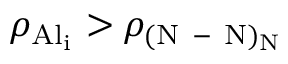
\rho _ { \mathrm { { A l } _ { i } } } > \rho _ { \mathrm { ( N \mathrm { ~ - ~ } N ) _ { N } } }